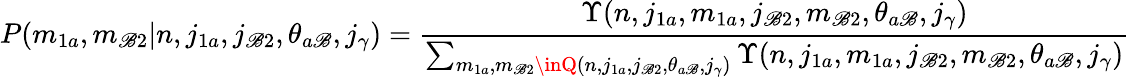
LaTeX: P(m_{1a},m_{\mathscr{B}2}|n,j_{1a},j_{\mathscr{B}2},\theta_{a\mathscr{B}},j_{\gamma})=\frac{{\Upsilon(n,j_{1a},m_{1a},j_{\mathscr{B}2},m_{\mathscr{B}2},\theta_{a\mathscr{B}},j_{\gamma})}}{{\sum_{m_{1a},m_{\mathscr{B}2}\inQ(n,j_{1a},j_{\mathscr{B}2},\theta_{a\mathscr{B}},j_{\gamma})}\Upsilon(n,j_{1a},m_{1a},j_{\mathscr{B}2},m_{\mathscr{B}2},\theta_{a\mathscr{B}},j_{\gamma})}}